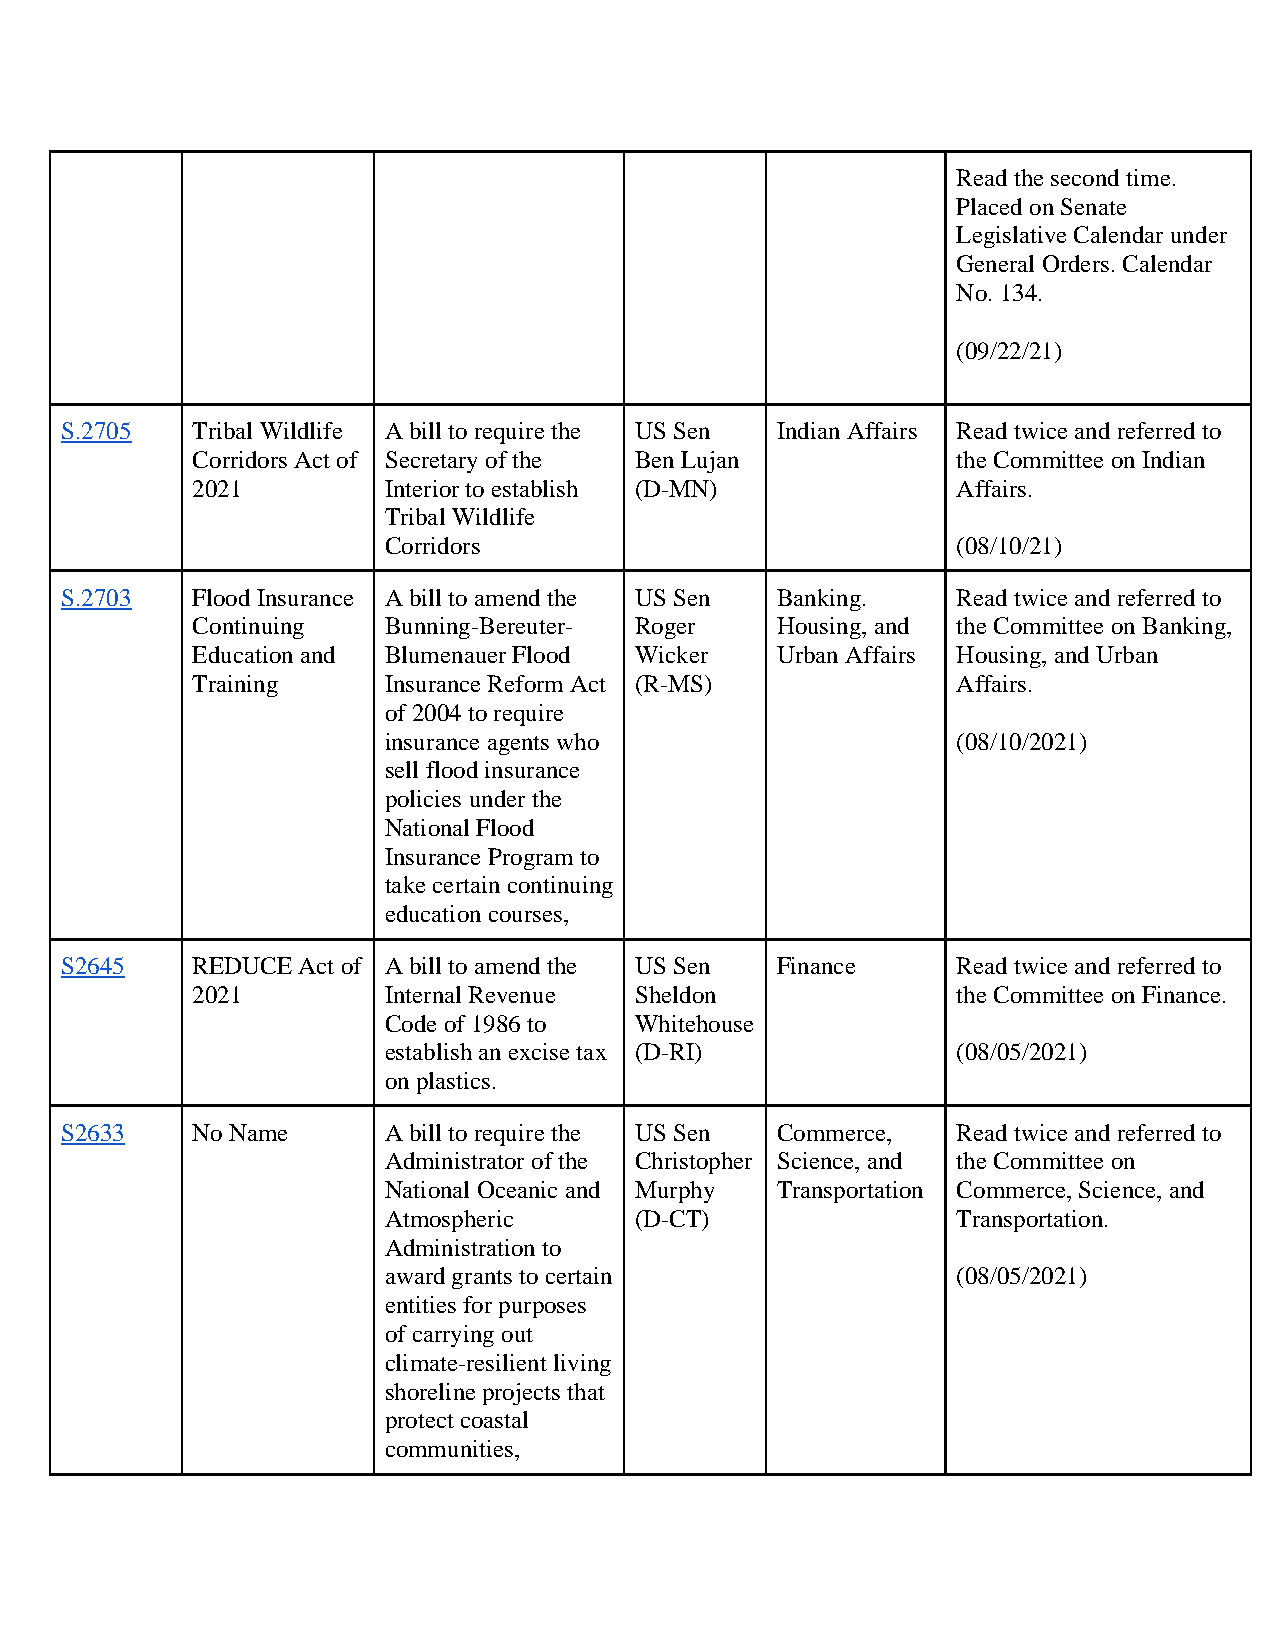
Read the second time.
 Placed on Senate
 Legislative Calendar under
 General Orders. Calendar
 No. 134.
 (09/22/21)
 S.2705   Tribal Wildlife A bill to require the US Sen Indian Affairs Read twice and referred to
 Corridors Act of Secretary of the Ben Lujan       the Committee on Indian
 2021        Interior to establish (D-MN)          Affairs.
 Tribal Wildlife
 Corridors                             (08/10/21)
 S.2703   Flood Insurance A bill to amend the US Sen Banking. Read twice and referred to
 Continuing  Bunning-Bereuter- Roger   Housing, and the Committee on Banking,
 Education and Blumenauer Flood Wicker Urban Affairs Housing, and Urban
 Training    Insurance Reform Act (R-MS)           Affairs.
 of 2004 to require
 insurance agents who                  (08/10/2021)
 sell flood insurance
 policies under the
 National Flood
 Insurance Program to
 take certain continuing
 education courses,
 S2645    REDUCE Act of A bill to amend the US Sen Finance  Read twice and referred to
 2021        Internal Revenue Sheldon              the Committee on Finance.
 Code of 1986 to  Whitehouse
 establish an excise tax (D-RI)        (08/05/2021)
 on plastics.
 S2633    No Name     A bill to require the US Sen Commerce, Read twice and referred to
 Administrator of the Christopher Science, and the Committee on
 National Oceanic and Murphy Transportation Commerce, Science, and
 Atmospheric      (D-CT)               Transportation.
 Administration to
 award grants to certain               (08/05/2021)
 entities for purposes
 of carrying out
 climate-resilient living
 shoreline projects that
 protect coastal
 communities,